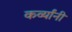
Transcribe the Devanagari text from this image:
कर्व्यांनी